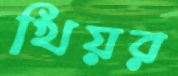
খিয়র